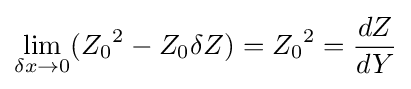
\lim _{\delta x\to 0}({Z_{0}}^{2}-Z_{0}\delta Z)={Z_{0}}^{2}={\frac {dZ}{dY}}